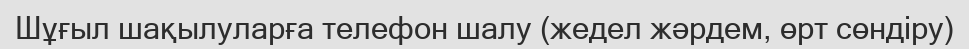
Шұғыл шақылуларға телефон шалу (жедел жәрдем, өрт сөндіру)